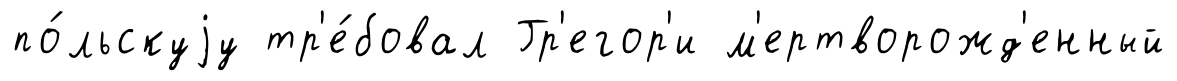
по́льскуjу тр'е́бовал Гр'егор'и м'ертворожд'енный